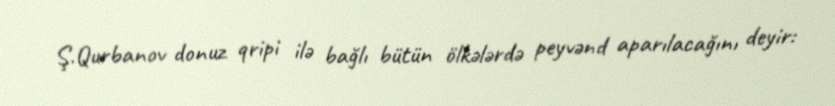
Ş.Qurbanov donuz qripi ilə bağlı bütün ölkələrdə peyvənd aparılacağını deyir: